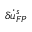
\delta \dot { u } _ { F P } ^ { s }